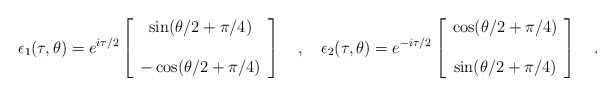
\begin{align*}\epsilon_1(\tau,\theta) =e^{i \tau/ 2}\left[ \begin{array} {c}\sin(\theta/2+\pi/4)\\ \\-\cos(\theta/2+\pi/4)\end{array}\right]~~~,~~~\epsilon_2(\tau,\theta) =e^{-i \tau/ 2}\left[ \begin{array} {c}\cos(\theta/2+\pi/4)\\ \\\sin(\theta/2+\pi/4)\end{array}\right]~~~.\end{align*}